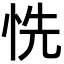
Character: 𢙝